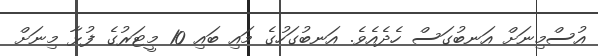
އުސްމިނަށް އަނބުގަސް ހެދެއެވެ. އަނބުގަހުގެ މައި ބައި 10 މީޓަރުގެ ފުޅާ މިނަށް